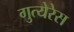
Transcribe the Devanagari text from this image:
गुत्येरेस